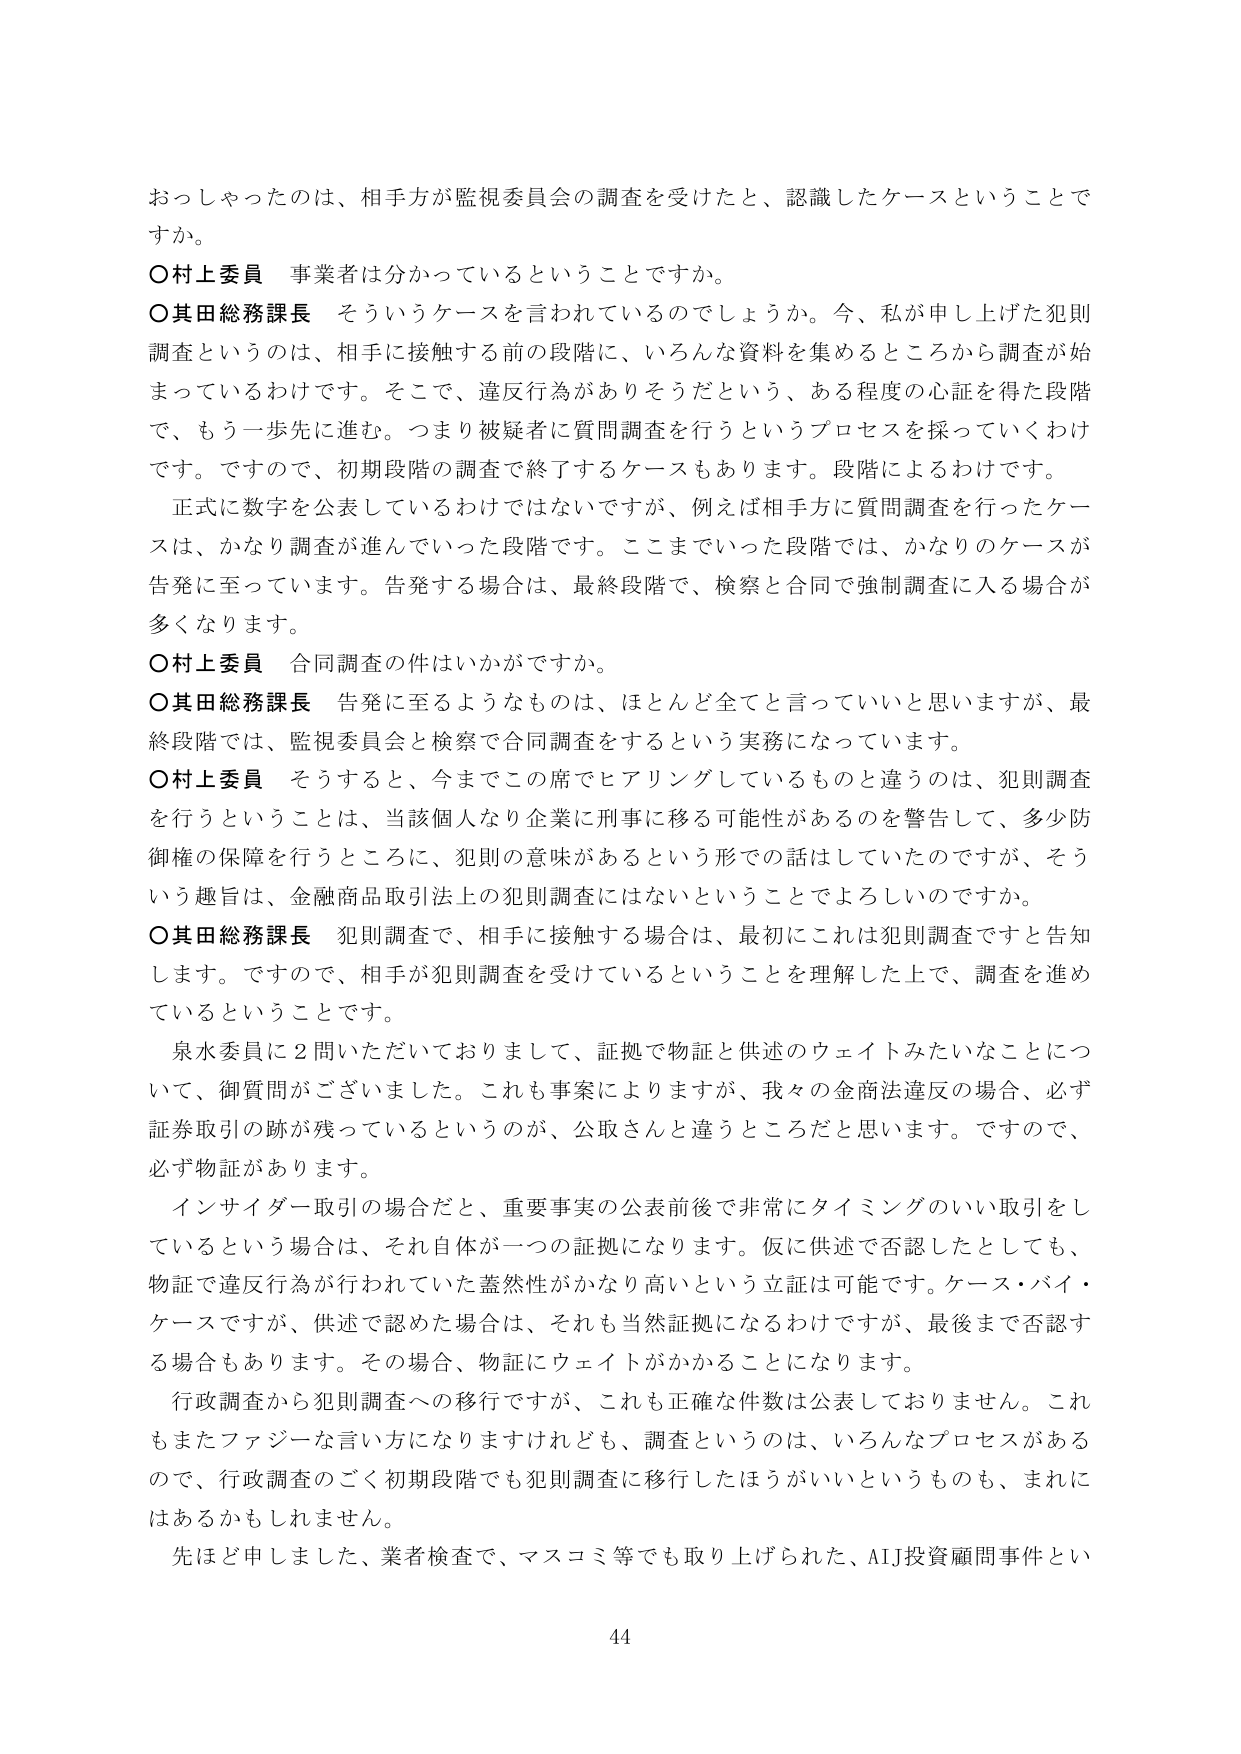
おっしゃったのは、相手方が監視委員会の調査を受けたと、認識したケースということで
すか。
〇村上委員 事業者は分かっているということですか。
〇其田総務課長 そういうケースを言われているのでしょうか。今、私が申し上げた犯則
調査というのは、相手に接触する前の段階に、いろんな資料を集めるところから調査が始
まっているわけです。そこで、違反行為がありそうだという、ある程度の心証を得た段階
で、もう一歩先に進む。つまり被疑者に質問調査を行うというプロセスを採っていくわけ
です。ですので、初期段階の調査で終了するケースもあります。段階によるわけです。
正式に数字を公表しているわけではないですが、例えば相手方に質問調査を行ったケー
スは、かなり調査が進んでいった段階です。ここまでいった段階では、かなりのケースが
告発に至っています。告発する場合は、最終段階で、検察と合同で強制調査に入る場合が
多くなります。
〇村上委員 合同調査の件はいかがですか。
〇其田総務課長 告発に至るようなものは、ほとんど全てと言っていいと思いますが、最
終段階では、監視委員会と検察で合同調査をするという実務になっています。
〇村上委員 そうすると、今までこの席でヒアリングしているものと違うのは、犯則調査
を行うということは、当該個人なり企業に刑事に移る可能性があるのを警告して、多少防
御権の保障を行うところに、犯則の意味があるという形での話はしていたのですが、そう
いう趣旨は、金融商品取引法上の犯則調査にはないということでしょうか。
〇其田総務課長 犯則調査で、相手に接触する場合は、最初にこれは犯則調査ですと告知
します。ですので、相手が犯則調査を受けているということを理解した上で、調査を進め
ているということです。
泉水委員に2問いただいておりまして、証拠で物証と供述のウェイトみたいなことにつ
いて、御質問がございました。これも事案によりますが、我々の金商法違反の場合、必ず
証券取引の跡が残っているというのが、公取さんと違うところだと思います。ですので、
必ず物証があります。
インサイダー取引の場合だと、重要事実の公表前後で非常にタイミングのいい取引をし
ているという場合は、それ自体が一つの証拠になります。仮に供述で否認したとしても、
物証で違反行為が行われていた蓋然性がかなり高いという立証は可能です。ケース・バイ・
ケースですが、供述で認めた場合は、それも当然証拠になるわけですが、最後まで否認す
る場合もあります。その場合、物証にウェイトがかかることになります。
行政調査から犯則調査への移行ですが、これも正確な件数は公表しておりません。これ
もまたフェージーな言い方になりますけれども、調査というのは、いろんなプロセスがある
ので、行政調査のごく初期段階でも犯則調査に移行したほうがいいというものも、まれに
はあるかもしれません。
先ほど申しました、業者検査で、マスコミ等でも取り上げられた、AIJ投資顧問事件とい
44